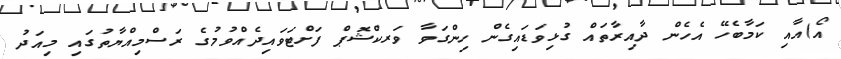
އޯ)އާއި ކަމާބެހޭ އެހެން ދާއިރާތައް ގުޅިވަޑައިގެން ހިންގަވާ ވަރކްޝޮޕް ފަށްޓަވައިދެއްވުމުގެ ރަސްމިއްޔާތުގައި މިއަދު